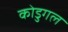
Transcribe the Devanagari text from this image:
कोडुगल